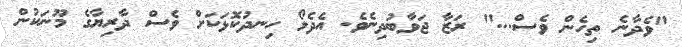
"ވެދާނެ ތިހެން ވެސް..." ރަޒާ ޖަވާބުދިނެވެ. އެދެލޯ ހިނދުކޮޅަކަށް ވެސް ދާރިޔާގެ މޫނަކުން